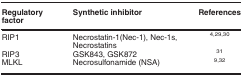
| Regulatory factor | Synthetic inhibitor | References |
 | --- | --- | --- |
 | RIP1 | Necrostatin-1(Nec-1), Nec-1s, Necrostatins | 4, 29, 30 |
 | RIP3 | GSK843, GSK872 | 31 |
 | MLKL | Necrosulfonamide (NSA) | 9, 32 |